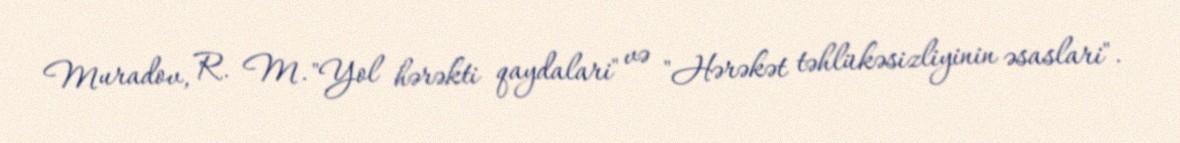
Muradov, R. M. "Yol hərəkti qaydalari" və "Hərəkət təhlükəsizliyinin əsaslari".